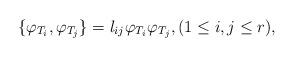
LaTeX: \begin{align*} \{\varphi_{T_i}, \varphi_{T_j}\} = \l_{ij} \varphi_{T_i}\varphi_{T_j}, (1\le i,j \le r),\end{align*}